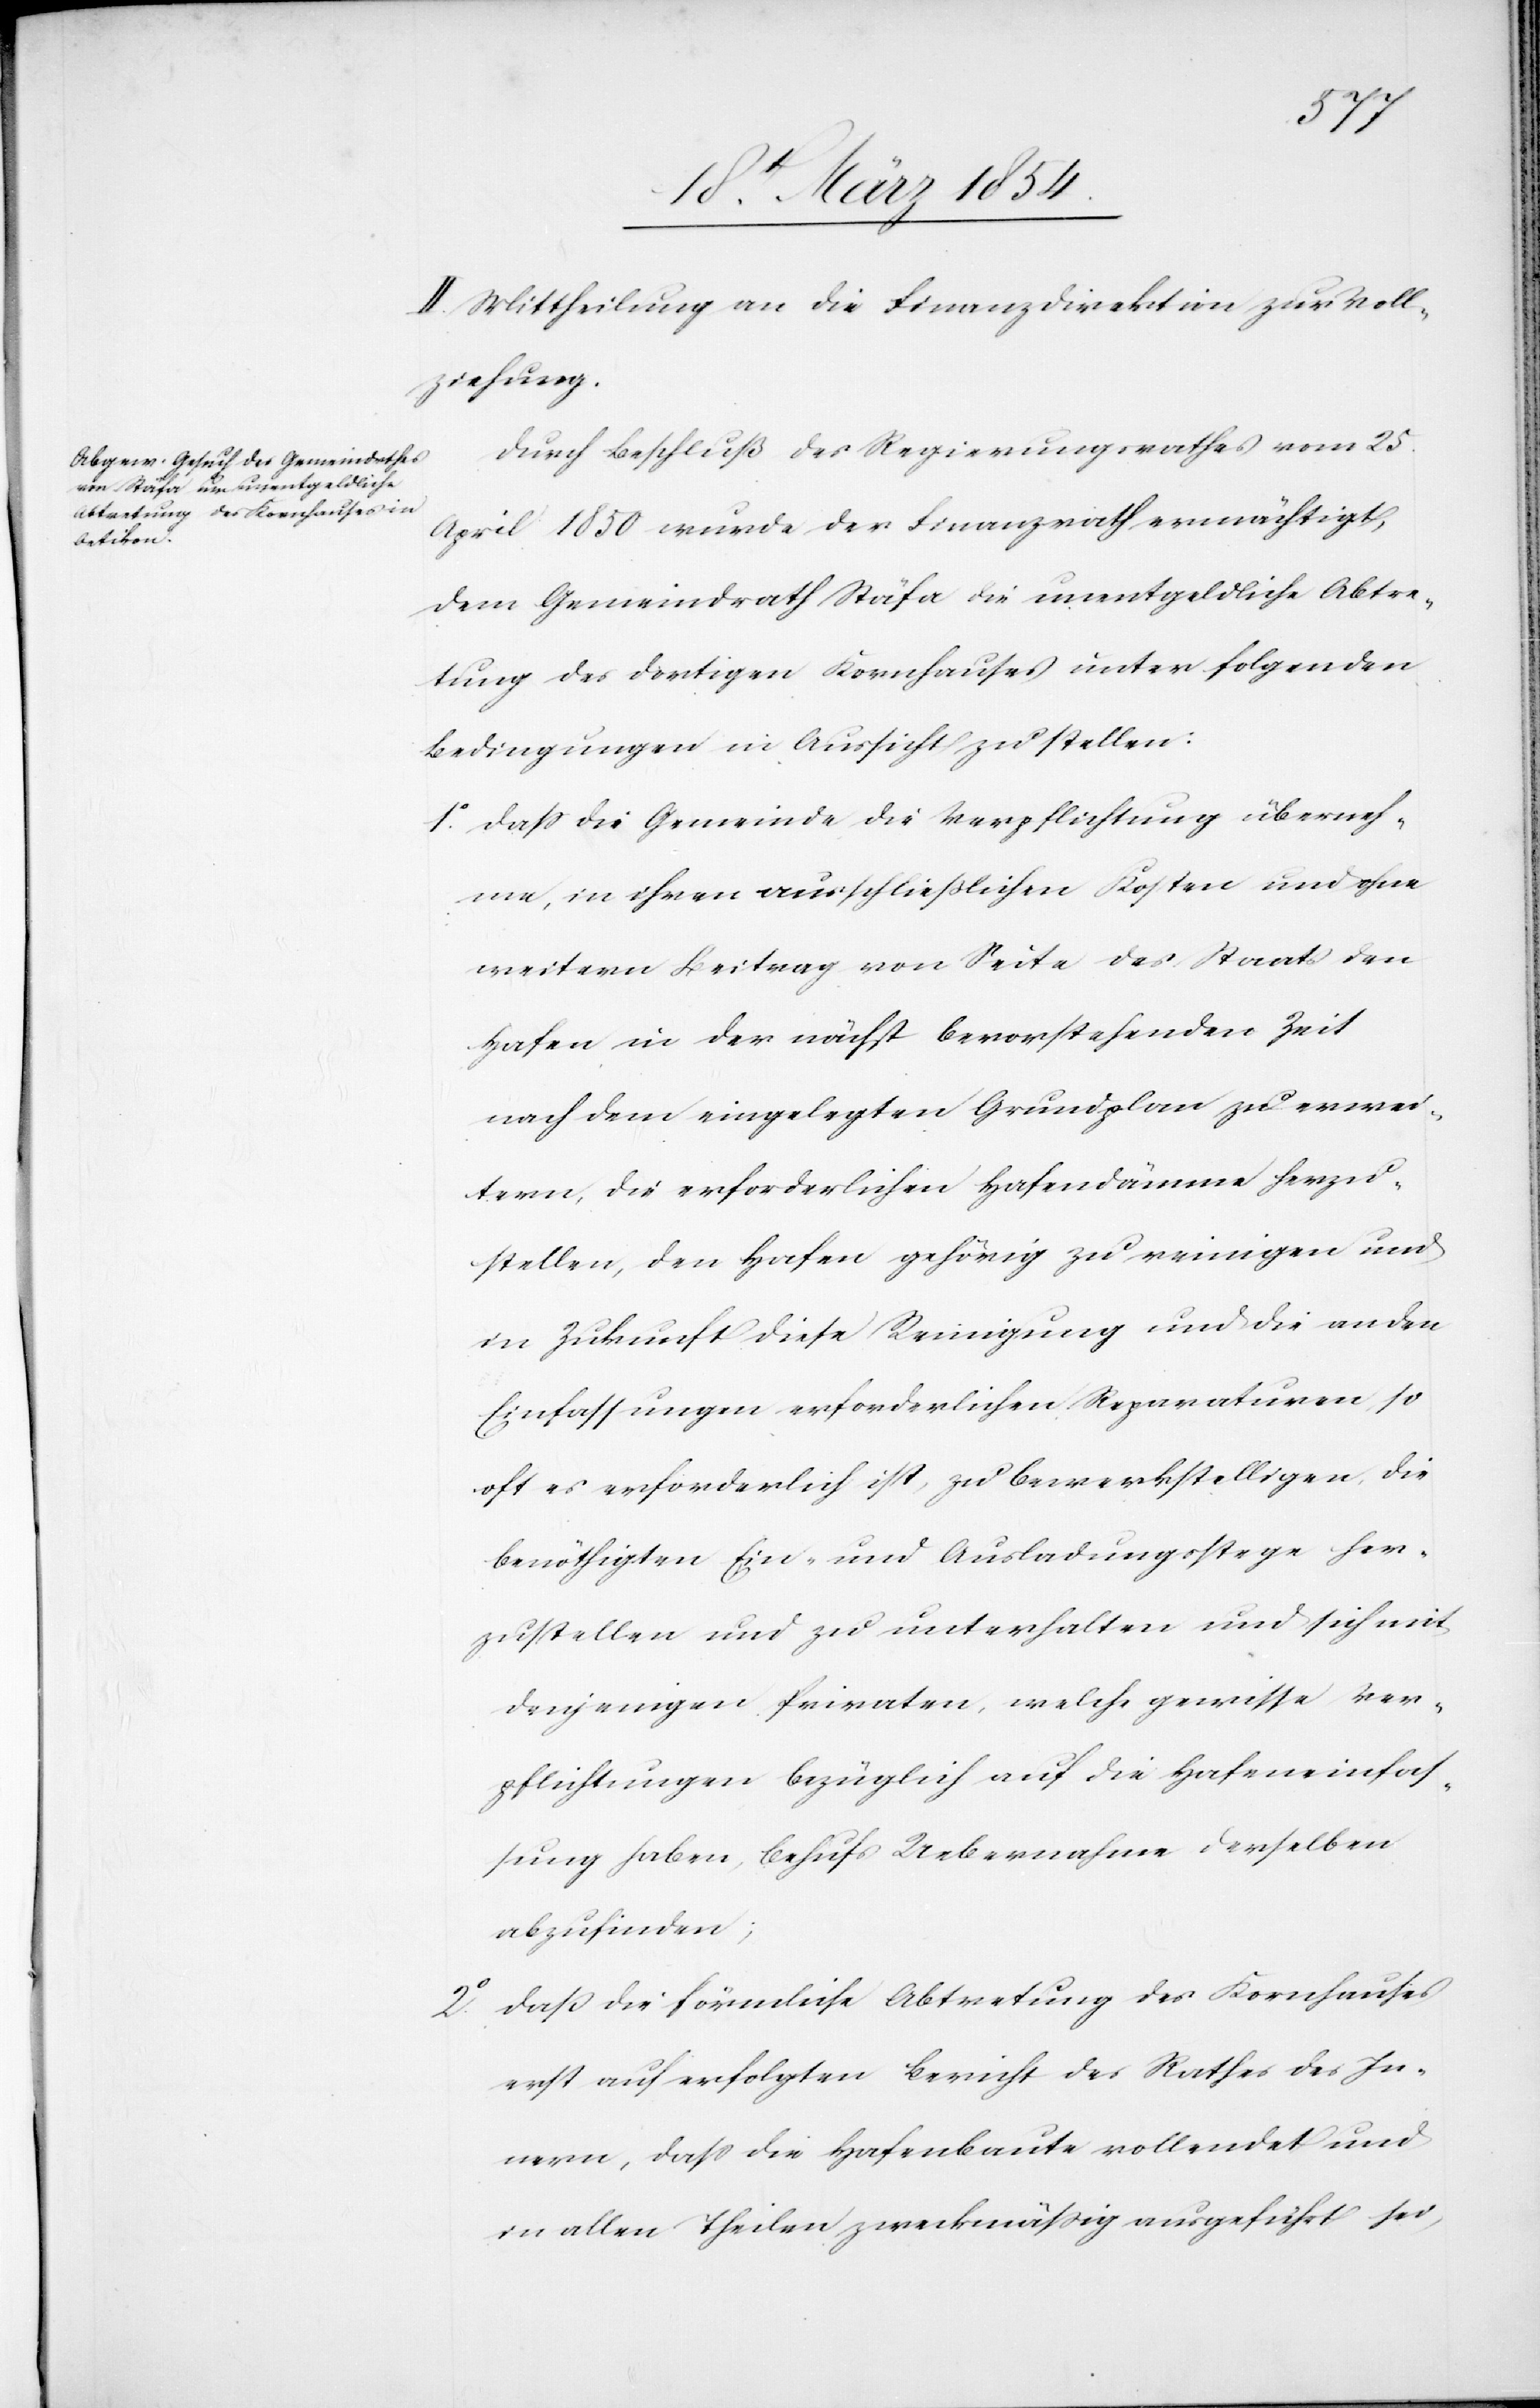
II. Mittheilung an die Finanzdirektion zur Voll¬
ziehung.
Durch Beschluß des Regierungsrathes vom 25.
April 1850 wurde der Finanzrath ermächtigt,
dem Gemeindrath Stäfa die unentgeldliche Abtre¬
tung des dortigen Kornhauses unter folgenden
Bedingungen in Aussicht zu stellen:
1o Daß die Gemeinde die Verpflichtung überneh¬
me, in ihren ausschließlichen Kosten und ohne
weitern Beitrag von Seite des Staats den
Hafen in der nächst bevorstehenden Zeit
nach dem eingelegten Grundplan zu erwei¬
tern, die erforderlichen Hafendämme herzu¬
stellen, den Hafen gehörig zu reinigen und
in Zukunft diese Reinigung und die andern
Einfassungen erforderlichen Reparaturen so
oft es erforderlich ist, zu bewerkstelligen, die
benöthigten Ein- und Ausladungsstege her¬
zustellen und zu unterhalten und sich mit
denjenigen Privaten, welche gewisse Ver¬
pflichtungen bezüglich auf die Hafeneinfas¬
sung haben, behufs Uebernahme derselben
abzufinden;
2o Daß die förmliche Abtretung des Kornhauses
erst auf erfolgten Bericht des Rathes des In¬
nern, daß der Hafenbaute vollendet und
in allen Theilen zweckmäßig ausgeführt sei,